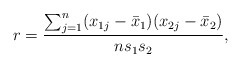
\begin{align*}r= {\sum_{j=1}^{n} (x_{1j} - \bar{x}_{1}) (x_{2j} - \bar{x}_{2}) \over n s_{1} s_{2}},\end{align*}